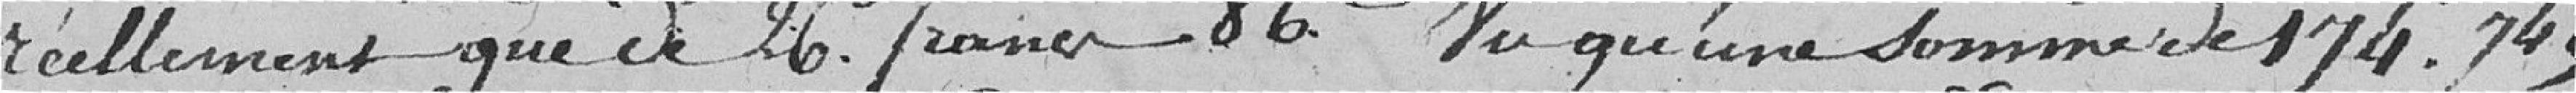
réellement que de 26 francs 86 centimes. Vu qu'une somme de 174 francs 74 centimes